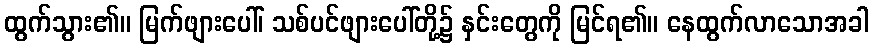
ထွက်သွား၏။ မြက်ဖျားပေါ်၊ သစ်ပင်ဖျားပေါ်တို့၌ နှင်းတွေကို မြင်ရ၏။ နေထွက်လာသောအခါ